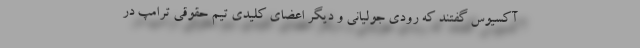
آکسیوس گفتند که رودی جولیانی و دیگر اعضای کلیدی تیم حقوقی ترامپ در